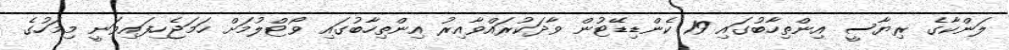
ލަންކާގެ ރިޔާސީ އިންތިހާބުގައި 19 ކެންޑިޑޭޓުން ވާދަކުރައްވާއިރު އިންތިހާބުގައި ވޯޓްލުމަށް ހަމަޖެހިފައިވަނީ މިމަހުގެ